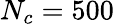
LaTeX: N_{c}=500